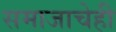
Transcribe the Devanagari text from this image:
समाजाचेही